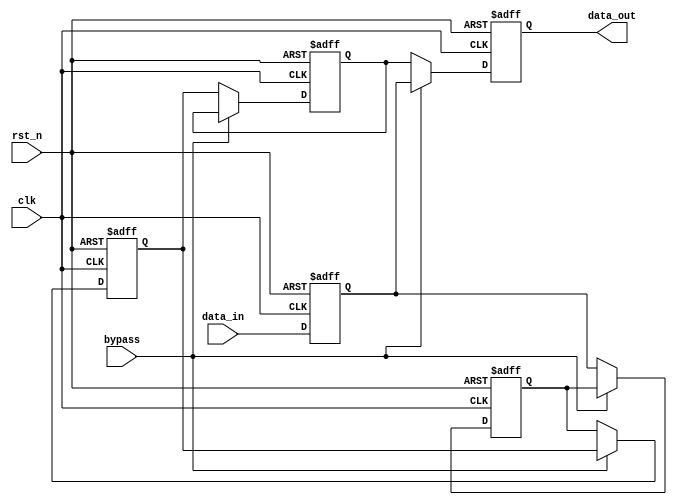
module Cascade_Bypass_Register (
    input wire clk,
    input wire rst_n,
    input wire bypass,
    input wire [7:0] data_in,
    output reg [7:0] data_out
);

reg [7:0] reg1, reg2, reg3, reg4;

always @(posedge clk or negedge rst_n) begin
    if (~rst_n) begin
        reg1 <= 8'b0;
        reg2 <= 8'b0;
        reg3 <= 8'b0; 
        reg4 <= 8'b0;
        data_out <= 8'b0;
    end else begin
        reg1 <= data_in;
        if (bypass) begin
            data_out <= reg1;
        end else begin
            reg2 <= reg1;
            reg3 <= reg2;
            reg4 <= reg3;
            data_out <= reg4;
        end
    end
end

endmodule